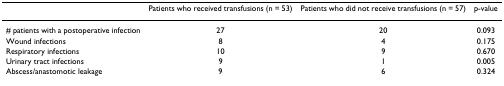
|  | Patients who received transfusions (n = 53) | Patients who did not receive transfusions (n = 57) | p-value |
 | --- | --- | --- | --- |
 | # patients with a postoperative infection | 27 | 20 | 0.093 |
 | Wound infections | 8 | 4 | 0.175 |
 | Respiratory infections | 10 | 9 | 0.670 |
 | Urinary tract infections | 9 | 1 | 0.005 |
 | Abscess/anastomotic leakage | 9 | 6 | 0.324 |